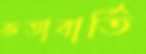
কতাবার্তি